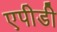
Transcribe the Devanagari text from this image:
एपीडी